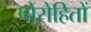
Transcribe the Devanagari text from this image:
पोरोहितों